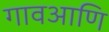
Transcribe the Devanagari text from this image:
गावआणि